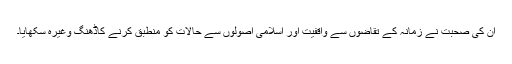
ان کی صحبت نے زمانہ کے تقاضوں سے واقفیت اور اسلامی اصولوں سے حالات کو منطبق کرنے کاڈھنگ وغیرہ سکھایا۔